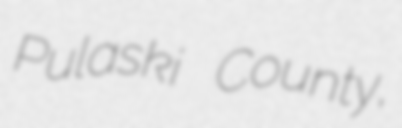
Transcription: Pulaski County,